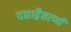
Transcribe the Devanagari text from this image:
दद्याद्वैतरणीं